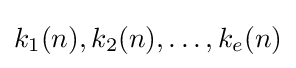
k_{1}(n),k_{2}(n),\ldots ,k_{e}(n)